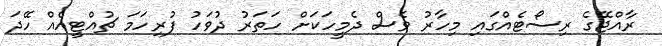
ރާއްޖޭގެ ރިސޯޓެއްގައި މިހާރު ވެސް ދެމީހަކަށް ހަތަރު ދުވަހު ފުރިހަމަ ޗުއްޓީއެއް ހޭދަ